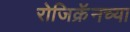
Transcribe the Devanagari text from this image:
रोजिक्रॅनच्या